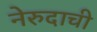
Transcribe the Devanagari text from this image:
नेरुदाची